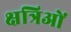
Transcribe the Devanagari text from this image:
क्षत्रिओं